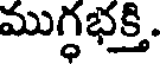
ముగ్ధభక్తి.